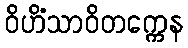
ဝိဟိံသာဝိတက္ကေန